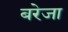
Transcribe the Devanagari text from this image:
बरेजा